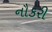
નૌકરી